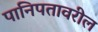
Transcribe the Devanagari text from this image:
पानिपतावरील